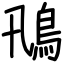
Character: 鳵